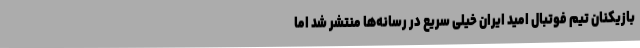
بازیکنان تیم فوتبال امید ایران خیلی سریع در رسانه‌ها منتشر شد اما